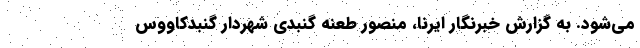
می‌شود. به گزارش خبرنگار ایرنا، منصور طعنه گنبدی شهردار گنبدکاووس